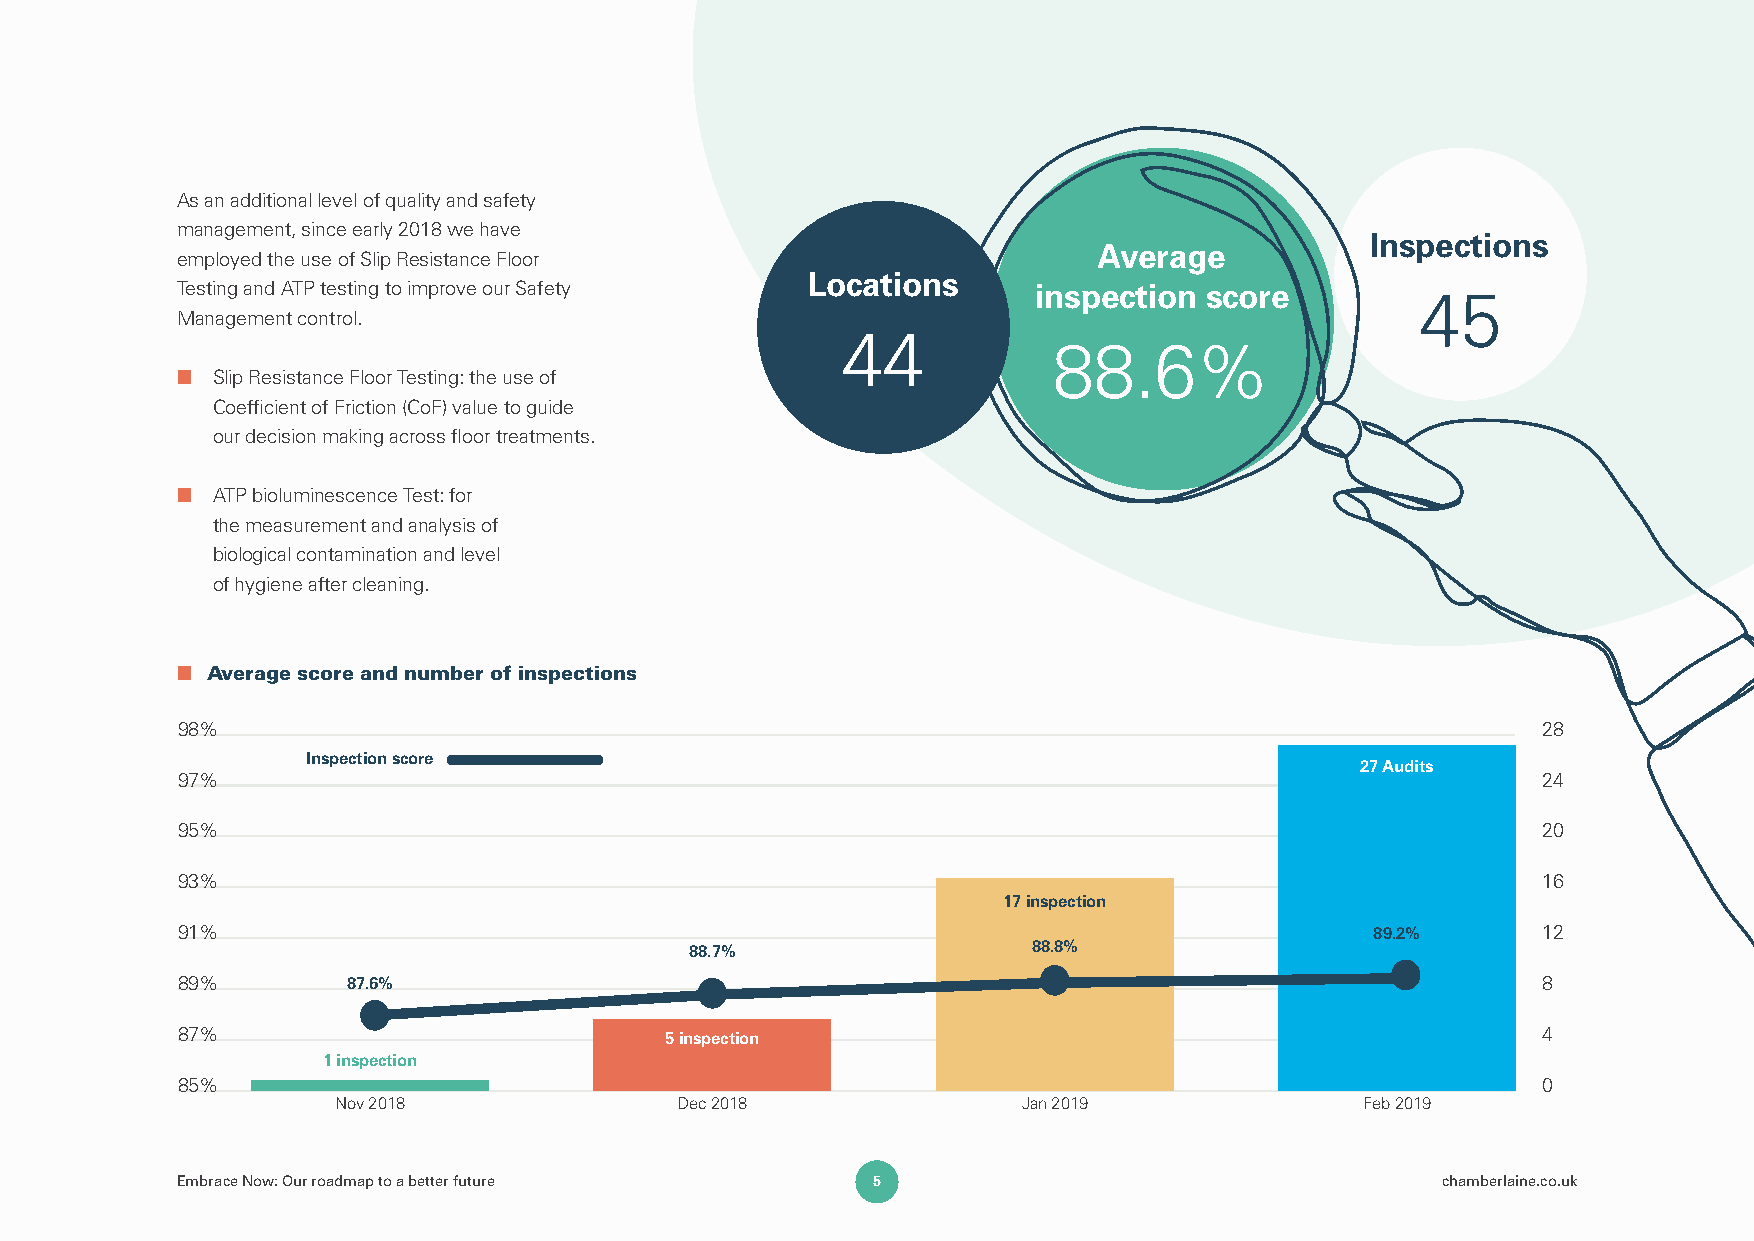
As an additional level of quality and safety
 management, since early 2018 we have
 Inspections
 Average
 employed the use of Slip Resistance Floor
 Locations
 Testing and ATP testing to improve our Safety            inspection score         45
 Management control.
 44
 88.6%
 ■ Slip Resistance Floor Testing: the use of
 Coefficient of Friction (CoF) value to guide
 our decision making across floor treatments.
 ■ ATP bioluminescence Test: for
 the measurement and analysis of
 biological contamination and level
 of hygiene after cleaning.
 ■ Average score and number of inspections
 98%                                                                                       28
 Inspection score
 27 Audits
 97%                                                                                       24
 95%                                                                                       20
 93%                                                                                       16
 17 inspection
 91%                                                                            89.2%      12
 88.7%                 88.8%
 89%        87.6%                                                                          8
 87%                             5 inspection                                              4
 1 inspection
 85%                                                                                       0
 Nov 2018               Dec 2018               Jan 2019              Feb 2019
 Embrace Now: Our roadmap to a better future   5                                    chamberlaine.co.uk